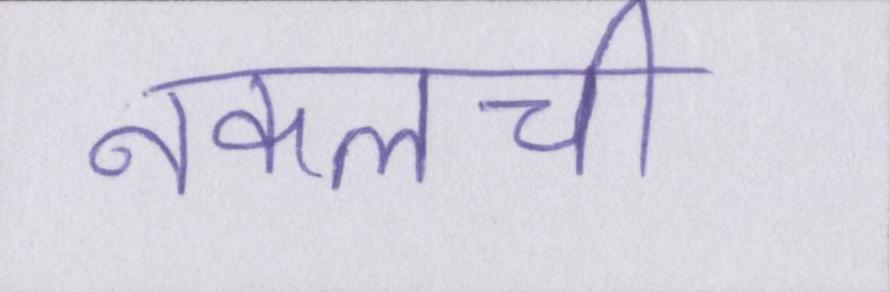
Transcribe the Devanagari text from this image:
नकलची